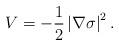
LaTeX: \begin{align*}V=-\frac{1}{2}\left\vert \nabla \sigma \right\vert ^{2}. \end{align*}